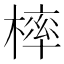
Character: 𣘚